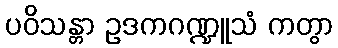
ပဝိသန္တာ ဥဒကဂဏ္ဍူသံ ကတွာ